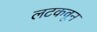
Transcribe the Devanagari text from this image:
लटकवून